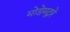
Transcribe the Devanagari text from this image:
मोडेमद्वारे